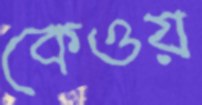
কেওয়